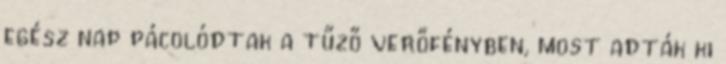
egész nap pácolódtak a tűző verőfényben, most adták ki